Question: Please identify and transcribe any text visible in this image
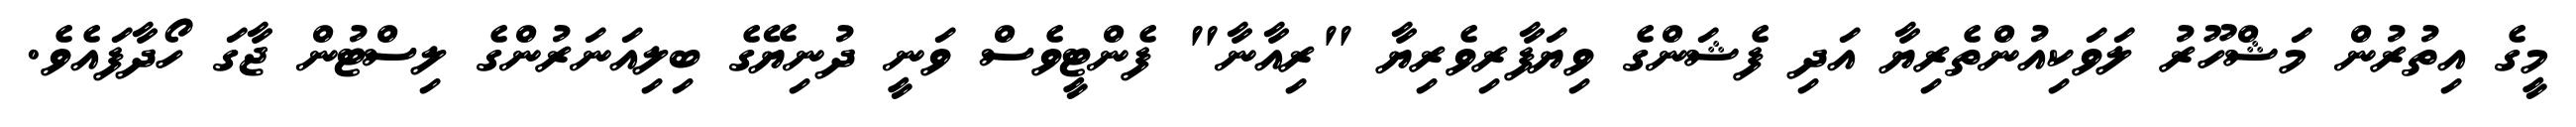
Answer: މީގެ އިތުރުން މަޝްހޫރު ލަވަކިއުންތެރިޔާ އަދި ފެޝަންގެ ވިޔަފާރިވެރިޔާ "ރިއާނާ" ފެންޓީވެސް ވަނީ ދުނިޔޭގެ ބިލިއަނަރުންގެ ލިސްޓުން ޖާގަ ހޯދާފައެވެ.